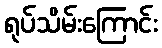
ရုပ်သိမ်းကြောင်း